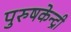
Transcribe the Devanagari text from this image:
पुरुषकेन्द्री